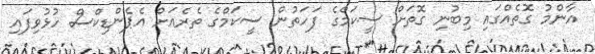
އާންމު ގޮތެއްގައި މިބުނި ގޮތަށް ސީކަމްގެ ފަހަތުން ސީކަމްގެ ތެރެއަށް އެޕެންޑިކްސް ހުޅުވިފައި